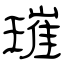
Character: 璀